Medical and sanitary report of the native army of Bengal for the year
Year: 1875
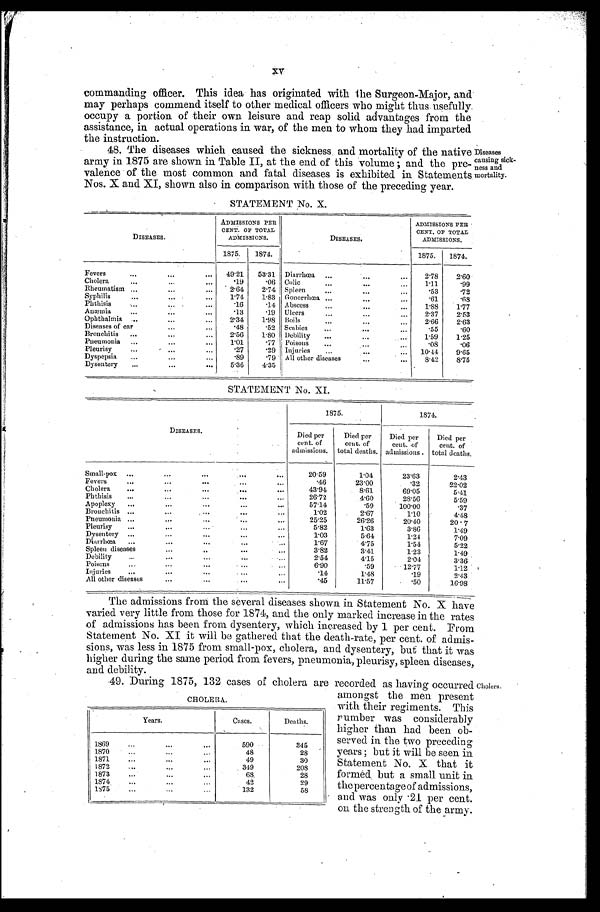
CHOLERA.
Years.
Cases.
Deaths.
1 8 6 9 . . .
590
345
1 8 7 0 . . .
48
28
1871 . . .
49
30
1872 . . .
349
208
1873 . . .
68
28
1874 . . .
42
29
1875 . . .
132
58
XV
commanding officer. This idea has originated with the Surgeon-Major, and
may perhaps commend itself to other medical officers who might thus usefully
occupy a portion of their own leisure and reap solid advantages from the
assistance, in actual operations in war, of the men to whom they had imparted
the instruction.
48. The diseases which caused the sickness and mortality of the native
army in 1875 are shown in Table II, at the end of this volume; and the pre
-
valence of the most common and fatal diseases is exhibited in Statements,
Nos. X and XI, shown also in comparison with those of the preceding year.
Diseases
causing sick
-ness and
mortality.
STATEMENT No. X.
DISEASES.
ADMISSIONS PER
CENT. OF TOTAL
ADMISSIONS.
DISEASES.
ADMISSIONS PER
CENT. OF TOTAL
ADMISSIONS.
1875.
1874.
1875.
1874.
Fevers . . .
49.21
53.31
Diarrhœa . . .
2.78
2.60
Cholera . . .
.19
.06
Colic . . .
1.11
.99
Rheumatism . . .
2.64
2.74
Spleen . . .
.53
.72
Syphilis . . .
1.74
1.83 Gonorrhœa . . .
.61
.68
Phthisis . . .
.16
.14
Abscess . . .
1.88
1.77
Anæmia . . .
.13
.19
Ulcers . . .
2.37
2.53
Ophthalmia . . .
2.34
1.98 Boils . . .
2.66
2.63
Diseases of ear . . .
.48
.52
Scabies . . .
.55
.60
Bronchitis . . .
2.56
1.80
Debility . . .
1.59
1.25
Pneumonia . . .
1.01
.77
Poisons . . .
.08
.06
P l e u r i s y . . .
27
.29
Injuries . . .
10.44
9.65
Dyspepsia . . .
.89
.79
All other diseases . . .
8.42
8.75
Dysentery . . .
5.36
4.35
STATEMENT No. XI.
DISEASES.
1875.
1874.
Died per
cent
of
admissions.
Died per
cent. of
total deaths.
Died per
cent. of
admissions.
Died per
cent. of
total deaths.
Small-pox . . .
20.59
1.04
23.63
2.43
Fevers . . .
.46
23.00
.32
22.02
Cholera . . .
43.94
8.61
69.05
5.41
Phthisis . . .
26.72
4.60
28.56
5.59
Apoplexy . . .
57.14
.59
100.00
.37
Bronchitis . . .
1.02
2.67
1.10
4.48
Pneumonia . . .
25.25
26.26
20.40
20.7
Pleurisy . . .
5.82
1.63
3.86
1.49
Dysentery . . .
1.03
5.64
1.24
7.09
Diarrhœa . . .
1.67
4.75
1.54
5.22
Spleen diseases . . .
3.82
3.41
1.23
1.49
Debility . . .
2.54
4.15
2.04
3.36
Poisons . . .
6.90
.59
12.77
1.12
Injuries . . .
.14
1.48
.19
2.43
All other diseases . . .
.45
11.57
.50
16.98
The admissions from the several diseases shown in Statement No. X have
varied very little from those for 1874, and the only marked increase in the rates
of admissions has been from dysentery, which increased by 1 per cent. From
Statement No. XI it will be gathered that the death-rate, per cent. of admis
-
sions, was less in 1875 from small-pox, cholera, and dysentery, but that it was
higher during the same period from fevers, pneumonia, pleurisy, spleen diseases,
and debility.
49. During 1875, 132 cases of cholera are recorded as having occurred
amongst the men present
with their regiments. This
number
was
considerably
higher than had been ob
-
served in the two preceding
years; but it will be seen in
Statement No. X that it
formed but a small unit in
the percentage of admissions,
and was only .21 per cent.
on the strength of the army.
Cholera.